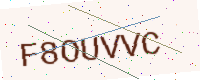
Text: F8OUVVC